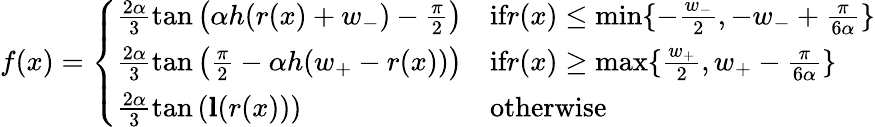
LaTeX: f(x)=\left\{ \begin{array}{ll}{\frac{2\alpha}{3}\tan\left(\alpha h(r(x)+w_{-})-\frac{\pi}{2}\right)}&{\textnormal{if}r(x)\le\operatorname*{min}\{ -\frac{w_{-}}{2},-w_{-}+\frac{\pi}{6\alpha}\} }\\ {\frac{2\alpha}{3}\tan\left(\frac{\pi}{2}-\alpha h(w_{+}-r(x))\right)}&{\textnormal{if}r(x)\ge\operatorname*{max}\{ \frac{w_{+}}{2},w_{+}-\frac{\pi}{6\alpha}\} }\\ {\frac{2\alpha}{3}\tan\left(\mathbf{l}(r(x))\right)}&{\textnormal{otherwise}}\end{array}\right.